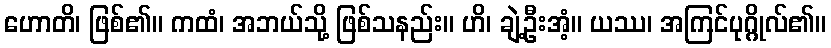
ဟောတိ၊ ဖြစ်၏။ ကထံ၊ အဘယ်သို့ ဖြစ်သနည်း။ ဟိ၊ ချဲ့ဦးအံ့။ ယဿ၊ အကြင်ပုဂ္ဂိုလ်၏။